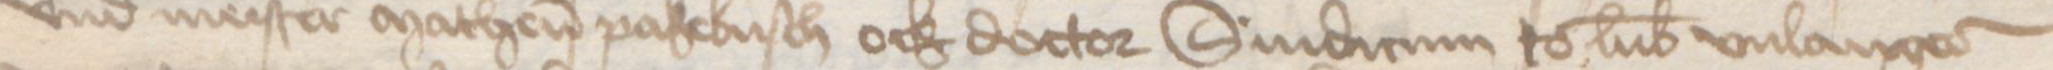
vnd meister Matheus Pakebusch ock doctor Sindicum to Lubeke vnlangeder